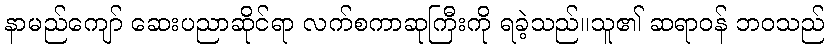
နာမည်ကျော် ဆေးပညာဆိုင်ရာ လက်စကာဆုကြီးကို ရခဲ့သည်။သူ၏ ဆရာဝန် ဘဝသည်